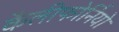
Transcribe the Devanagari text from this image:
कैलीफोर्नियो